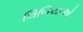
લિબિયાએ